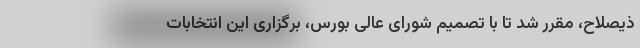
ذیصلاح، مقرر شد تا با تصمیم شورای عالی بورس، برگزاری این انتخابات